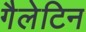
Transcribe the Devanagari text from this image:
गैलेटिन